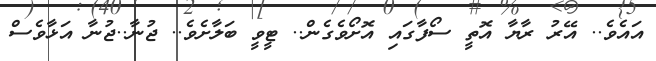
އައެވެ.. އޭރު ރާޔާ އޮތީ ސޯފާގައި އޮށޯވެގެން.. ޓީވީ ބަލާށެވެ.. ޖުނާ..ޖުނާ އަޅާވެސް